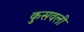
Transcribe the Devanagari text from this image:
कुसवली